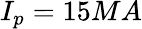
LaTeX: I_{p}=15MA